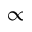
\propto